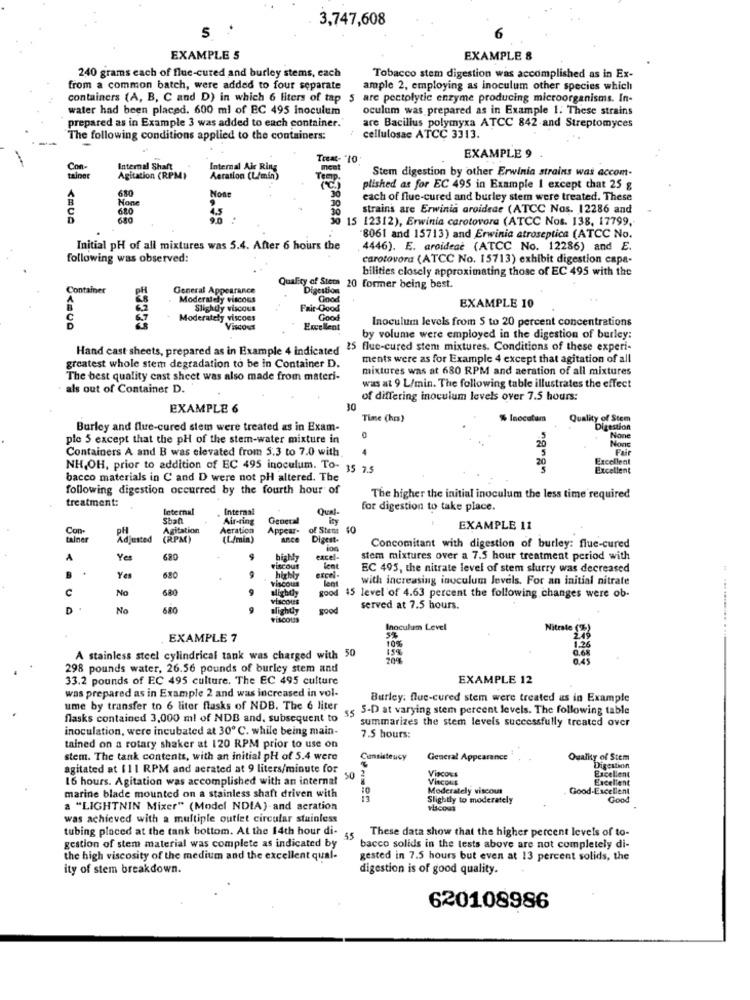
3,747,608
6
EXAMPLE 5
EXAMPLE 8
240 grams each of flue-cured and burley stems, each
Tobacco stem digestion was accomplished as in Ex-
from a common batch, were added to four separate
ample 2, employing as inoculum other species which
containers (A, B, C and D) in which 6 liters of tap
5 are pectolytic enzyme producing microorganisms. In-
water had been placed. 600 ml of EC 495 inoculum
oculum was prepared as in Example 1. These strains
prepared as in Example 3 was added to each container."
are Bacillus polymyxa ATCC 842-and Streptomyces
The following conditions applied to the containers:
cellulosac ATCC 3313.
Treat- "10
EXAMPLE 9
Con-
Internal Shaft
Internal Air Ring
ment
Stem digestion by other Erwinia strains was accom-
tainer
Agitation (RPM)
Aeration (L/min)
Teenp.
680
plished as for EC 495 in Example 1 except that 25 g
B
each of flue-cured and burley stem were treated. These
610
strains are Erwinia aroidede (ATCC Nos. 12286 and
680
1828
15 12312), Erwinia carotovora (ATCC Nos. 138, 17799,
"8061 and 15713) and Erwinia atroseptica (ATCC No.
Initial pH of all mixtures was 5.4. After 6 hours the
4446). E. aroideaè (ATCC No. 12286) and E.
following was observed:
carotovora (ATCC No. 15713) exhibit digestion capa-
bilities closely approximating those of EC 495 with the
Quality of Stcon
Container
PH
General Appearance
Digestion
20 former being best.
Moderately viscous
Good
Slightly viscous
Fair-Good
EXAMPLE 10
Moderately viscoes
Good
Inoculum levels from 5 to 20 percent concentrations
₹5555
Viscous
Excellent
by volume were employed in the digestion of burley:
Hand cast sheets, prepared as in Example 4 indicated
25 flue-cured stem mixtures. Conditions of these experi-
ments were as for Example 4 except that agitation of all
greatest whole stem degradation to be in Container D.
mixtures was at 680 RPM and aeration of all mixtures
The best quality cast sheet was also made from materi-
als out of Container D.
was at 9 L/min. The following table illustrates the effect
of differing inoculum levels over 7.5 hours:
EXAMPLE 6
30
Time (hr)
% Inocatam
Quality of Stem
Burley and flue-cured stem were treated as in Exam-
Digestion
ple 5 except that the pH of the stem-water mixture in
20
Containers A and B was elevated from 5.3 to 7.0 with
Fai
Excellent
NH,OH, prior to addition of EC 495 inoculum. To- 35 7.5
20
Excellent
bacco materials in C and D were not pH altered. The
following digestion occurred by the fourth hour of
treatment:
The higher the initial inoculum the less time required
Internal
Internal
Qual
for digestion to take place.
Shan
Air-ting
General
ity
Con
PH
Agitation
Aeration
Appear-
of Stens
40
EXAMPLE 11
tainer
Adjusted
(RPM)
(L/min)
ance
Digest-
Concomitant with digestion of burley: flue-cured
A
Yes
highly
excel-
stem mixtures over a 7.5 hour treatment period with
viscous
EC 495, the nitrate level of stem slurry was decreased
Ye
Viscous
highly
with increasing inoculum levels. For an initial nitrate
c
No
good
VISCOUS
45 level of 4.63 percent the following changes were ob-
D
No
680
slightly
good
served at 7.5 hours.
VISCOUS
Inoculum Level
.... ........ ...
EXAMPLE 7
5%
10%
A stainless steel cylindrical tank was charged with 50
298 pounds water, 26.56 pounds of burley stem and
33.2 pounds of EC 495 culture. The EC 495 culture
EXAMPLE 12
was prepared as in Example 2 and was increased in vol-
Burley: flue-cured stem were treated as in Example
ume by transfer to 6 liter flasks of NDB. The 6 liter
s5 5-D at varying stem percent levels. The following table
flasks contained 3,000 ml of NDB and. subsequent to
summarizes the stem levels successfully treated over
inoculation, were incubated at 30 ℃. while being main-
7.5 hours:
tained on a rotary shaker at 120 RPM prior to use on
stem. The tank contents, with an initial pH of 5.4 were
Consisteucy
General Appearance
Quality of Stem
agitated at 111 RPM and aerated at 9 liters/minute for
Viscovs
Digestion
Excellent
16 hours. Agitation was accomplished with an internal
50
Viscous
Excellent
Moderately viscous
Good-Excellent
marine blade mounted on a stainless shaft driven with
Slightly to moderately
Good
a "LIGHTNIN Mixer" (Model NDIA) and aeration
Ylacous
was achieved with a multiple outlet circular stainless
tubing placed at the tank bottom. At the 14th hour di-
These data show that the higher percent levels of to-
gestion of stem material was complete as indicated by
. 55
bacco solids in the tests above are not completely di-
the high viscosity of the medium and the excellent qual-
gested in 7.5 hours but even at 13 percent solids, the
ity of stem breakdown.
digestion is of good quality.
620108986